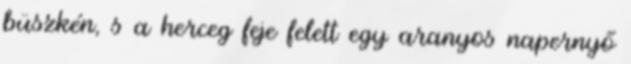
büszkén, s a herceg feje felett egy aranyos napernyő